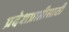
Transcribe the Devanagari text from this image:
प्रदेशप्राप्तीसाठी